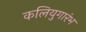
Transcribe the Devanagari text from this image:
कलियुगारंभ